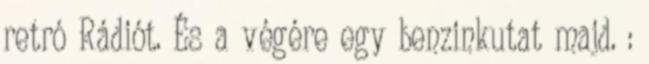
retró Rádiót. És a végére egy benzinkutat majd. :